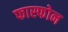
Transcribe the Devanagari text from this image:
फास्फोन